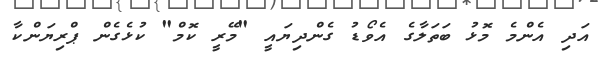
އަދި އެންމެ މޮޅު ބަތަލާގެ އެވޯޑު ގެންދިޔައީ "މޭރީ ކޮމް" ކުޅެގެން ޕްރިޔަންކާ